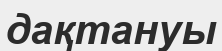
дақтануы